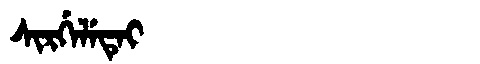
Manchu: ᠰᡳᡵᡤᡝᠯᡝᡨᡝᡳ
Romanization: SIRGELETEI